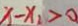
x _ { 1 } - x _ { 2 } > 0